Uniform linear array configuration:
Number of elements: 4
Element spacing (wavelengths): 1
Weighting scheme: cosine
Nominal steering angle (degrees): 45
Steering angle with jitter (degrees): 43.707
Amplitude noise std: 0.05
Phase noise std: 0.05

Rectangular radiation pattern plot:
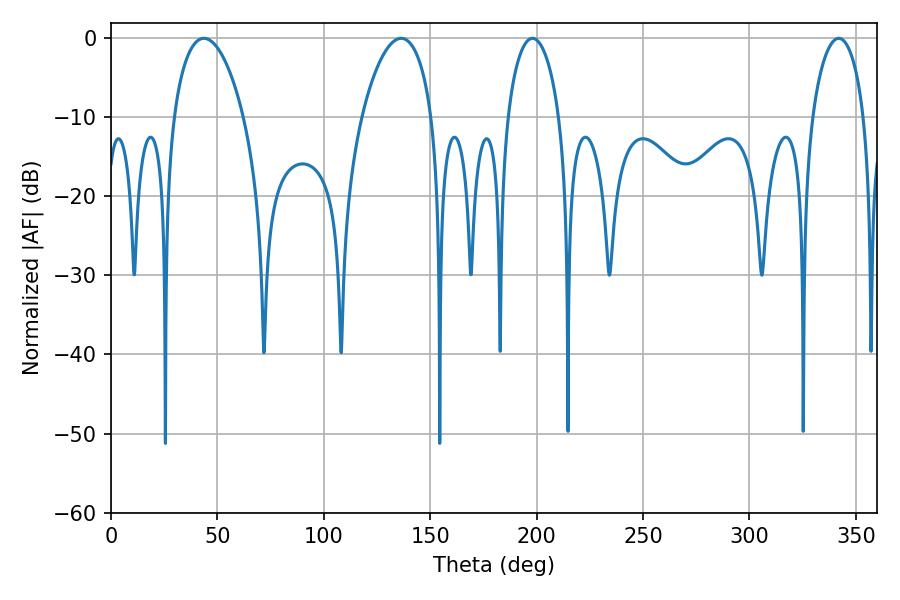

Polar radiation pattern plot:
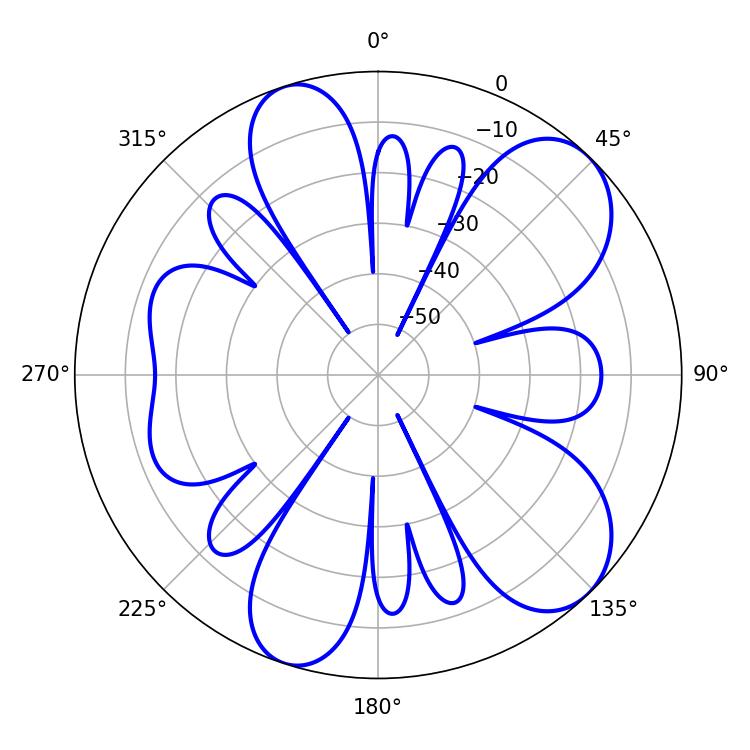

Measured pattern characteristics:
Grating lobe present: TRUE
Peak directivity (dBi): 8.541
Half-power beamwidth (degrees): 14.04
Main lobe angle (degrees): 198